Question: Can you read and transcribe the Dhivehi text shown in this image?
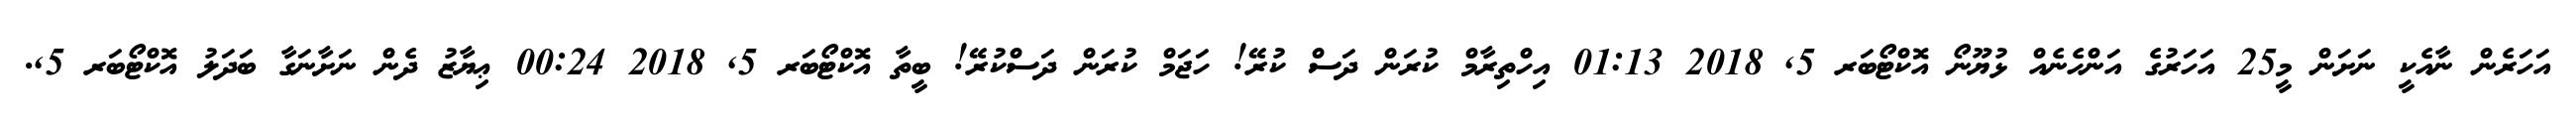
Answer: އަހަރެން ނާއެކީ ނަށަން މީ25 އަހަރުގެ އަންހެނެއް ޅުޔޫނޯ އޮކްޓޯބަރ 5, 2018 01:13 އިހްތިރާމް ކުރަން ދަސް ކުރޭ! ހަޖަމް ކުރަން ދަސްކުރޭ! ބީތާ އޮކްޓޯބަރ 5, 2018 00:24 ޢިޔާޒު ދެން ނަށާނަގާ ބަދަލު އޮކްޓޯބަރ 5,.